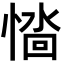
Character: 𢞮